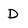
Character: D